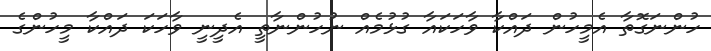
ހުންނަގޮތާ އެމީހުން ދައްކާ ވާހަކައާ ގުޅުމެއް ނުހުންނާތީ އެދީނީ ވާހަކަ ދައްކާ މީހުންގެ